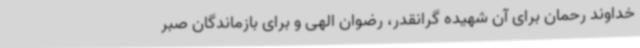
خداوند رحمان برای آن شهیده گرانقدر، رضوان الهی و برای بازماندگان صبر